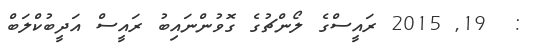
:  19